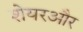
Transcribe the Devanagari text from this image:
शेयरऔर